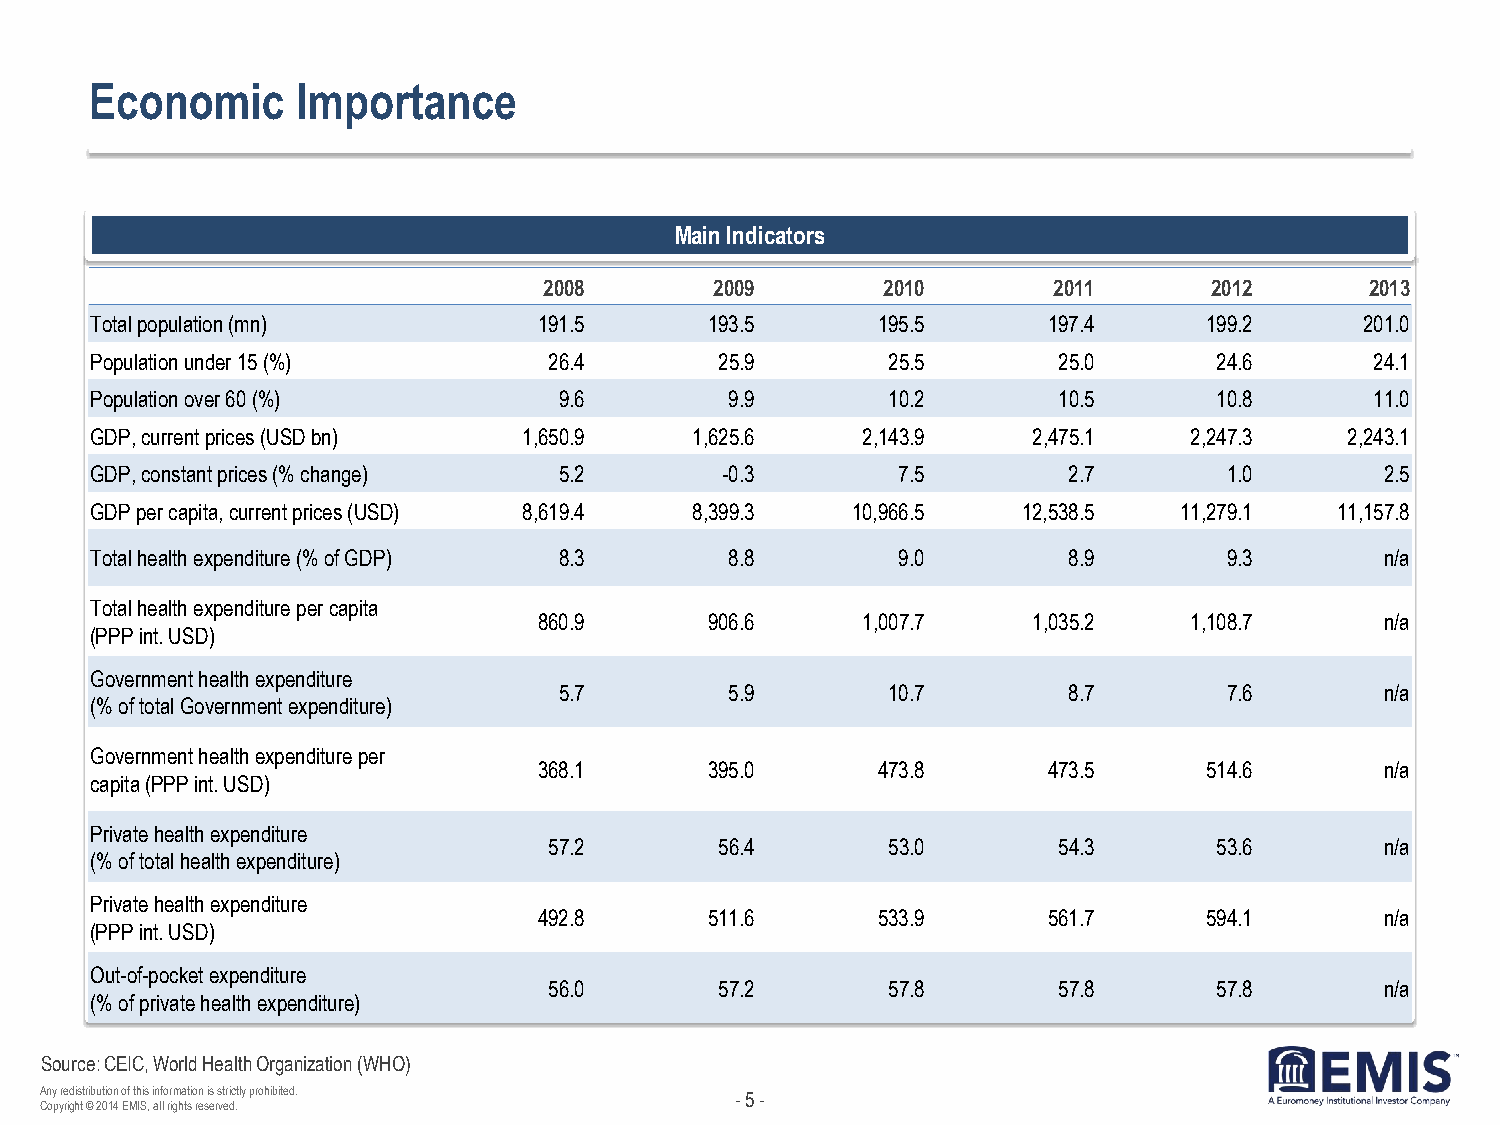
Economic      Importance
 Main Indicators
 2008       2009       2010        2011      2012       2013
 Total population (mn)         191.5      193.5      195.5      197.4      199.2     201.0
 Population under 15 (%)       26.4        25.9       25.5       25.0       24.6      24.1
 Population over 60 (%)         9.6        9.9        10.2       10.5       10.8      11.0
 GDP, current prices (USD bn) 1,650.9    1,625.6    2,143.9    2,475.1    2,247.3   2,243.1
 GDP, constant prices (% change) 5.2       -0.3       7.5         2.7       1.0        2.5
 GDP per capita, current prices (USD) 8,619.4 8,399.3 10,966.5 12,538.5  11,279.1   11,157.8
 Total health expenditure (% of GDP) 8.3   8.8        9.0         8.9       9.3        n/a
 Total health expenditure per capita
 860.9      906.6     1,007.7    1,035.2    1,108.7      n/a
 (PPP int. USD)
 Government health expenditure
 5.7        5.9        10.7        8.7       7.6        n/a
 (% of total Government expenditure)
 Government health expenditure per
 368.1      395.0      473.8      473.5      514.6       n/a
 capita (PPP int. USD)
 Private health expenditure
 57.2        56.4       53.0       54.3       53.6       n/a
 (% of total health expenditure)
 Private health expenditure
 492.8      511.6      533.9      561.7      594.1       n/a
 (PPP int. USD)
 Out-of-pocket expenditure
 56.0        57.2       57.8       57.8       57.8       n/a
 (% of private health expenditure)
 Source: CEIC, World Health Organization (WHO)
 Any redistribution of this information is strictly prohibited. - 5 -
 Copyright © 2014 EMIS, all rights reserved.